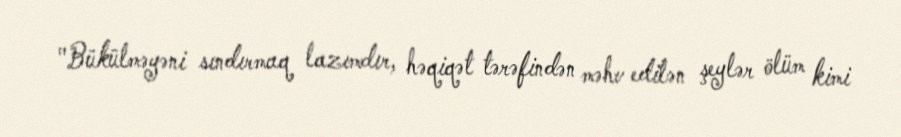
"Bükülməyəni sındırmaq lazımdır, həqiqət tərəfindən məhv edilən şeylər ölüm kimi